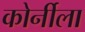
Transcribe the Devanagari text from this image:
कोर्नीला